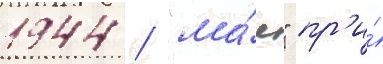
1944 / "ма́я" пр'и́